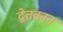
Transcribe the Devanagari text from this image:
द्वेतवनन